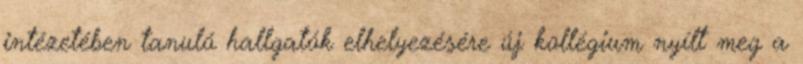
intézetében tanuló hallgatók elhelyezésére új kollégium nyílt meg a